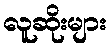
လူဆိုးများ